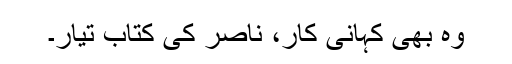
وہ بھی کہانی کار، ناصر کی کتاب تیار۔